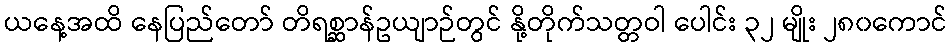
ယနေ့အထိ နေပြည်တော် တိရစ္ဆာန်ဥယျာဉ်တွင် နို့တိုက်သတ္တဝါ ပေါင်း ၃၂ မျိုး ၂၈၀ကောင်